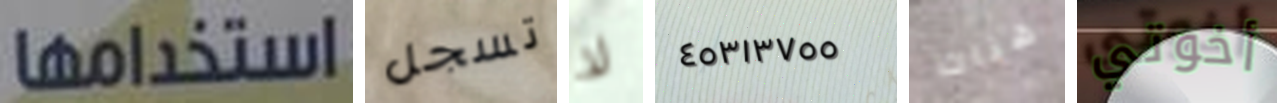
استخدامها تسجل لا ٤٥٣١٣٧٥٥ هناك أخوتي